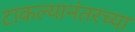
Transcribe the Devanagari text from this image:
टाकल्यानंतरच्या